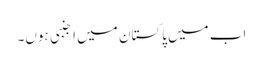
اب میں پاکستان میں اجنبی ہوں۔